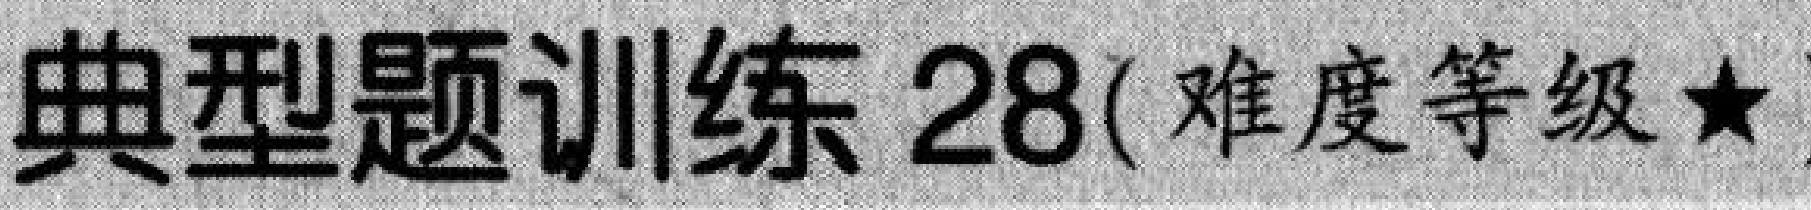
典型题训练 28(难度等级★)